Vabadussoja_Ajaloo_Komitee, lk 20
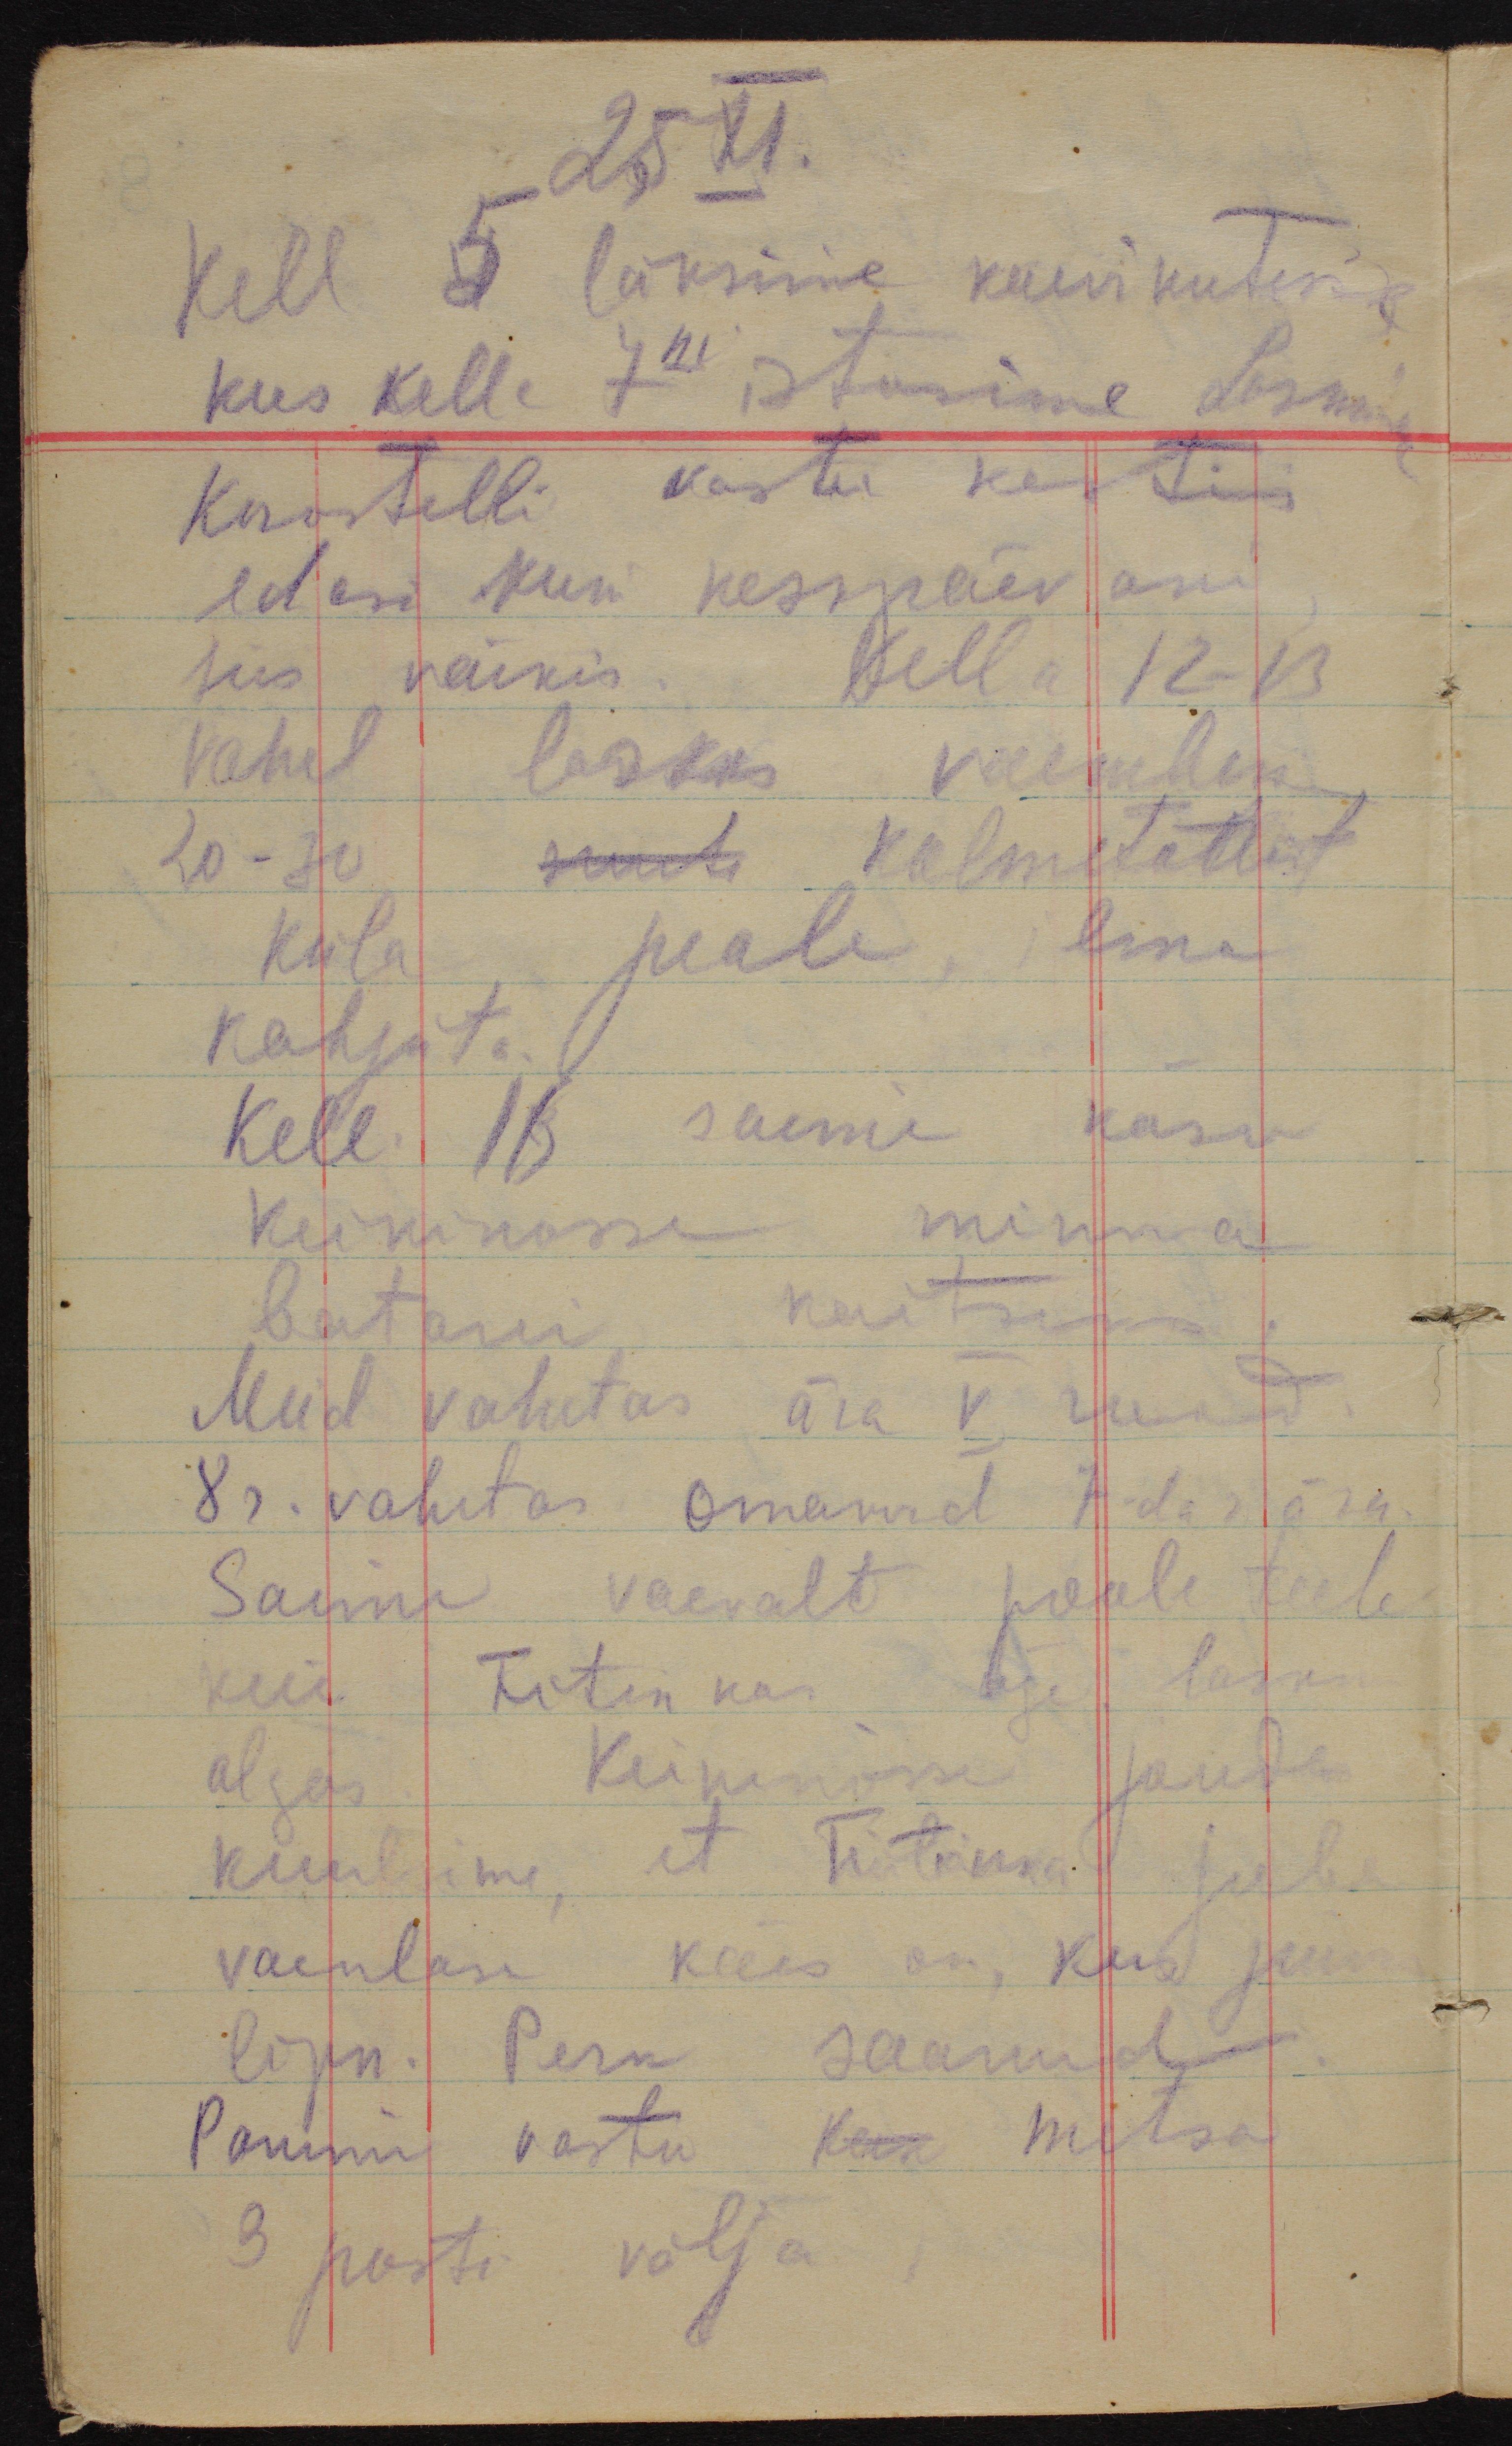
25 XI.
Kell 5 läksime kaevikutesse,
kus kelle 7ni istusime Laskmine
Korostelli vastu kestis
edasi kuni keskpäevani,
siis vaikis. Kella 12-13
vahel laskis vaenlane
20-30 suurte kolmetollist
küla peale, ilma
kahjuta.
Kell 11 saime käsu
Keikinosse minna
batarei kaitseks.
Meid vahetas ära V rood.
8 r. vahetas omakord 7-da r. ära.
Saime  vaevalt poole teele
kui Fitinkas äge laskm
algas. Keikinosse jõudes
kuulsime, et Fitinka juba
vaenlase käes on,  juur
lipn. Pern saanud
Panime vastu Keik metsa
3 posti välja